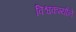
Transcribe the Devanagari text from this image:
विश्वकर्म्याने